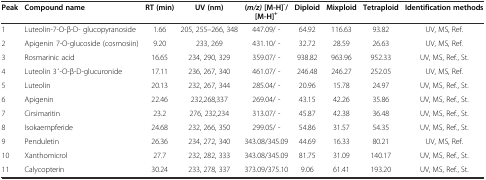
| Peak | Compound name | RT (min) | UV (nm) | (m/z)[M-H]-/[M-H]+ | Diploid | Mixploid | Tetraploid | Identification methods |
 | --- | --- | --- | --- | --- | --- | --- | --- | --- |
 | 1 | Luteolin-7-O-β-D- glucopyranoside | 1.66 | 205, 255–266, 348 | 447.09/ - | 64.92 | 116.63 | 93.82 | UV, MS, Ref. |
 | 2 | Apigenin 7-O-glucoside (cosmosiin) | 9.20 | 233, 269 | 431.10/ - | 32.72 | 28.59 | 26.63 | UV, MS, Ref. |
 | 3 | Rosmarinic acid | 16.65 | 234, 290, 329 | 359.07/ - | 938.82 | 963.96 | 952.33 | UV, MS, Ref., St. |
 | 4 | Luteolin 3′-O-β-D-glucuronide | 17.11 | 236, 267, 340 | 461.07/ - | 246.48 | 246.27 | 252.05 | UV, MS, Ref. |
 | 5 | Luteolin | 20.13 | 232, 267, 344 | 285.04/ - | 20.96 | 15.78 | 24.97 | UV, MS, Ref., St. |
 | 6 | Apigenin | 22.46 | 232,268,337 | 269.04/ - | 43.15 | 42.26 | 35.86 | UV, MS, Ref., St. |
 | 7 | Cirsimaritin | 23.2 | 276, 232,234 | 313.07/ - | 45.87 | 42.38 | 36.48 | UV, MS, Ref., St. |
 | 8 | Isokaempferide | 24.68 | 232, 266, 350 | 299.05/ - | 54.86 | 31.57 | 54.35 | UV, MS, Ref., St. |
 | 9 | Penduletin | 26.36 | 234, 272, 340 | 343.08/345.09 | 44.69 | 16.33 | 80.21 | UV, MS, Ref. |
 | 10 | Xanthomicrol | 27.7 | 232, 282, 333 | 343.08/345.09 | 81.75 | 31.09 | 140.17 | UV, MS, Ref., St. |
 | 11 | Calycopterin | 30.24 | 233, 278, 337 | 373.09/375.10 | 9.06 | 61.41 | 193.20 | UV, MS, Ref., St. |